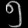
Digit: ၅